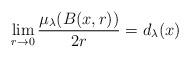
LaTeX: \begin{align*}\lim_{r\to 0}\frac{\mu_{\lambda}(B(x,r))}{2r}=d_{\lambda}(x)\end{align*}